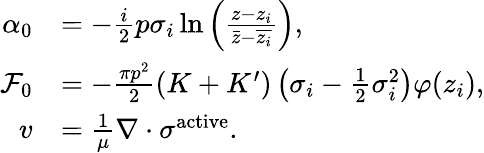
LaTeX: \begin{array}{rl}{\alpha_{0}}&{=-\frac{i}{2}p\sigma_{i}\ln\left(\frac{z-z_{i}}{\bar{z}-\overline{{z_{i}}}}\right),}\\ {\mathcal F_{0}}&{=-\frac{\pi p^{2}}{2}(K+K^{\prime})\left(\sigma_{i}-\frac{1}{2}\sigma_{i}^{2}\right)\varphi(z_{i}),}\\ {v}&{=\frac{1}{\mu}\nabla\cdot\sigma^{\mathrm{active}}.}\end{array}